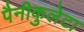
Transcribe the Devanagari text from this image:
पैनीकुलेटा